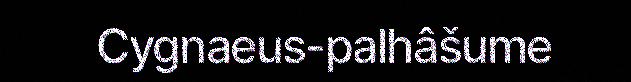
Cygnaeus-palhâšume